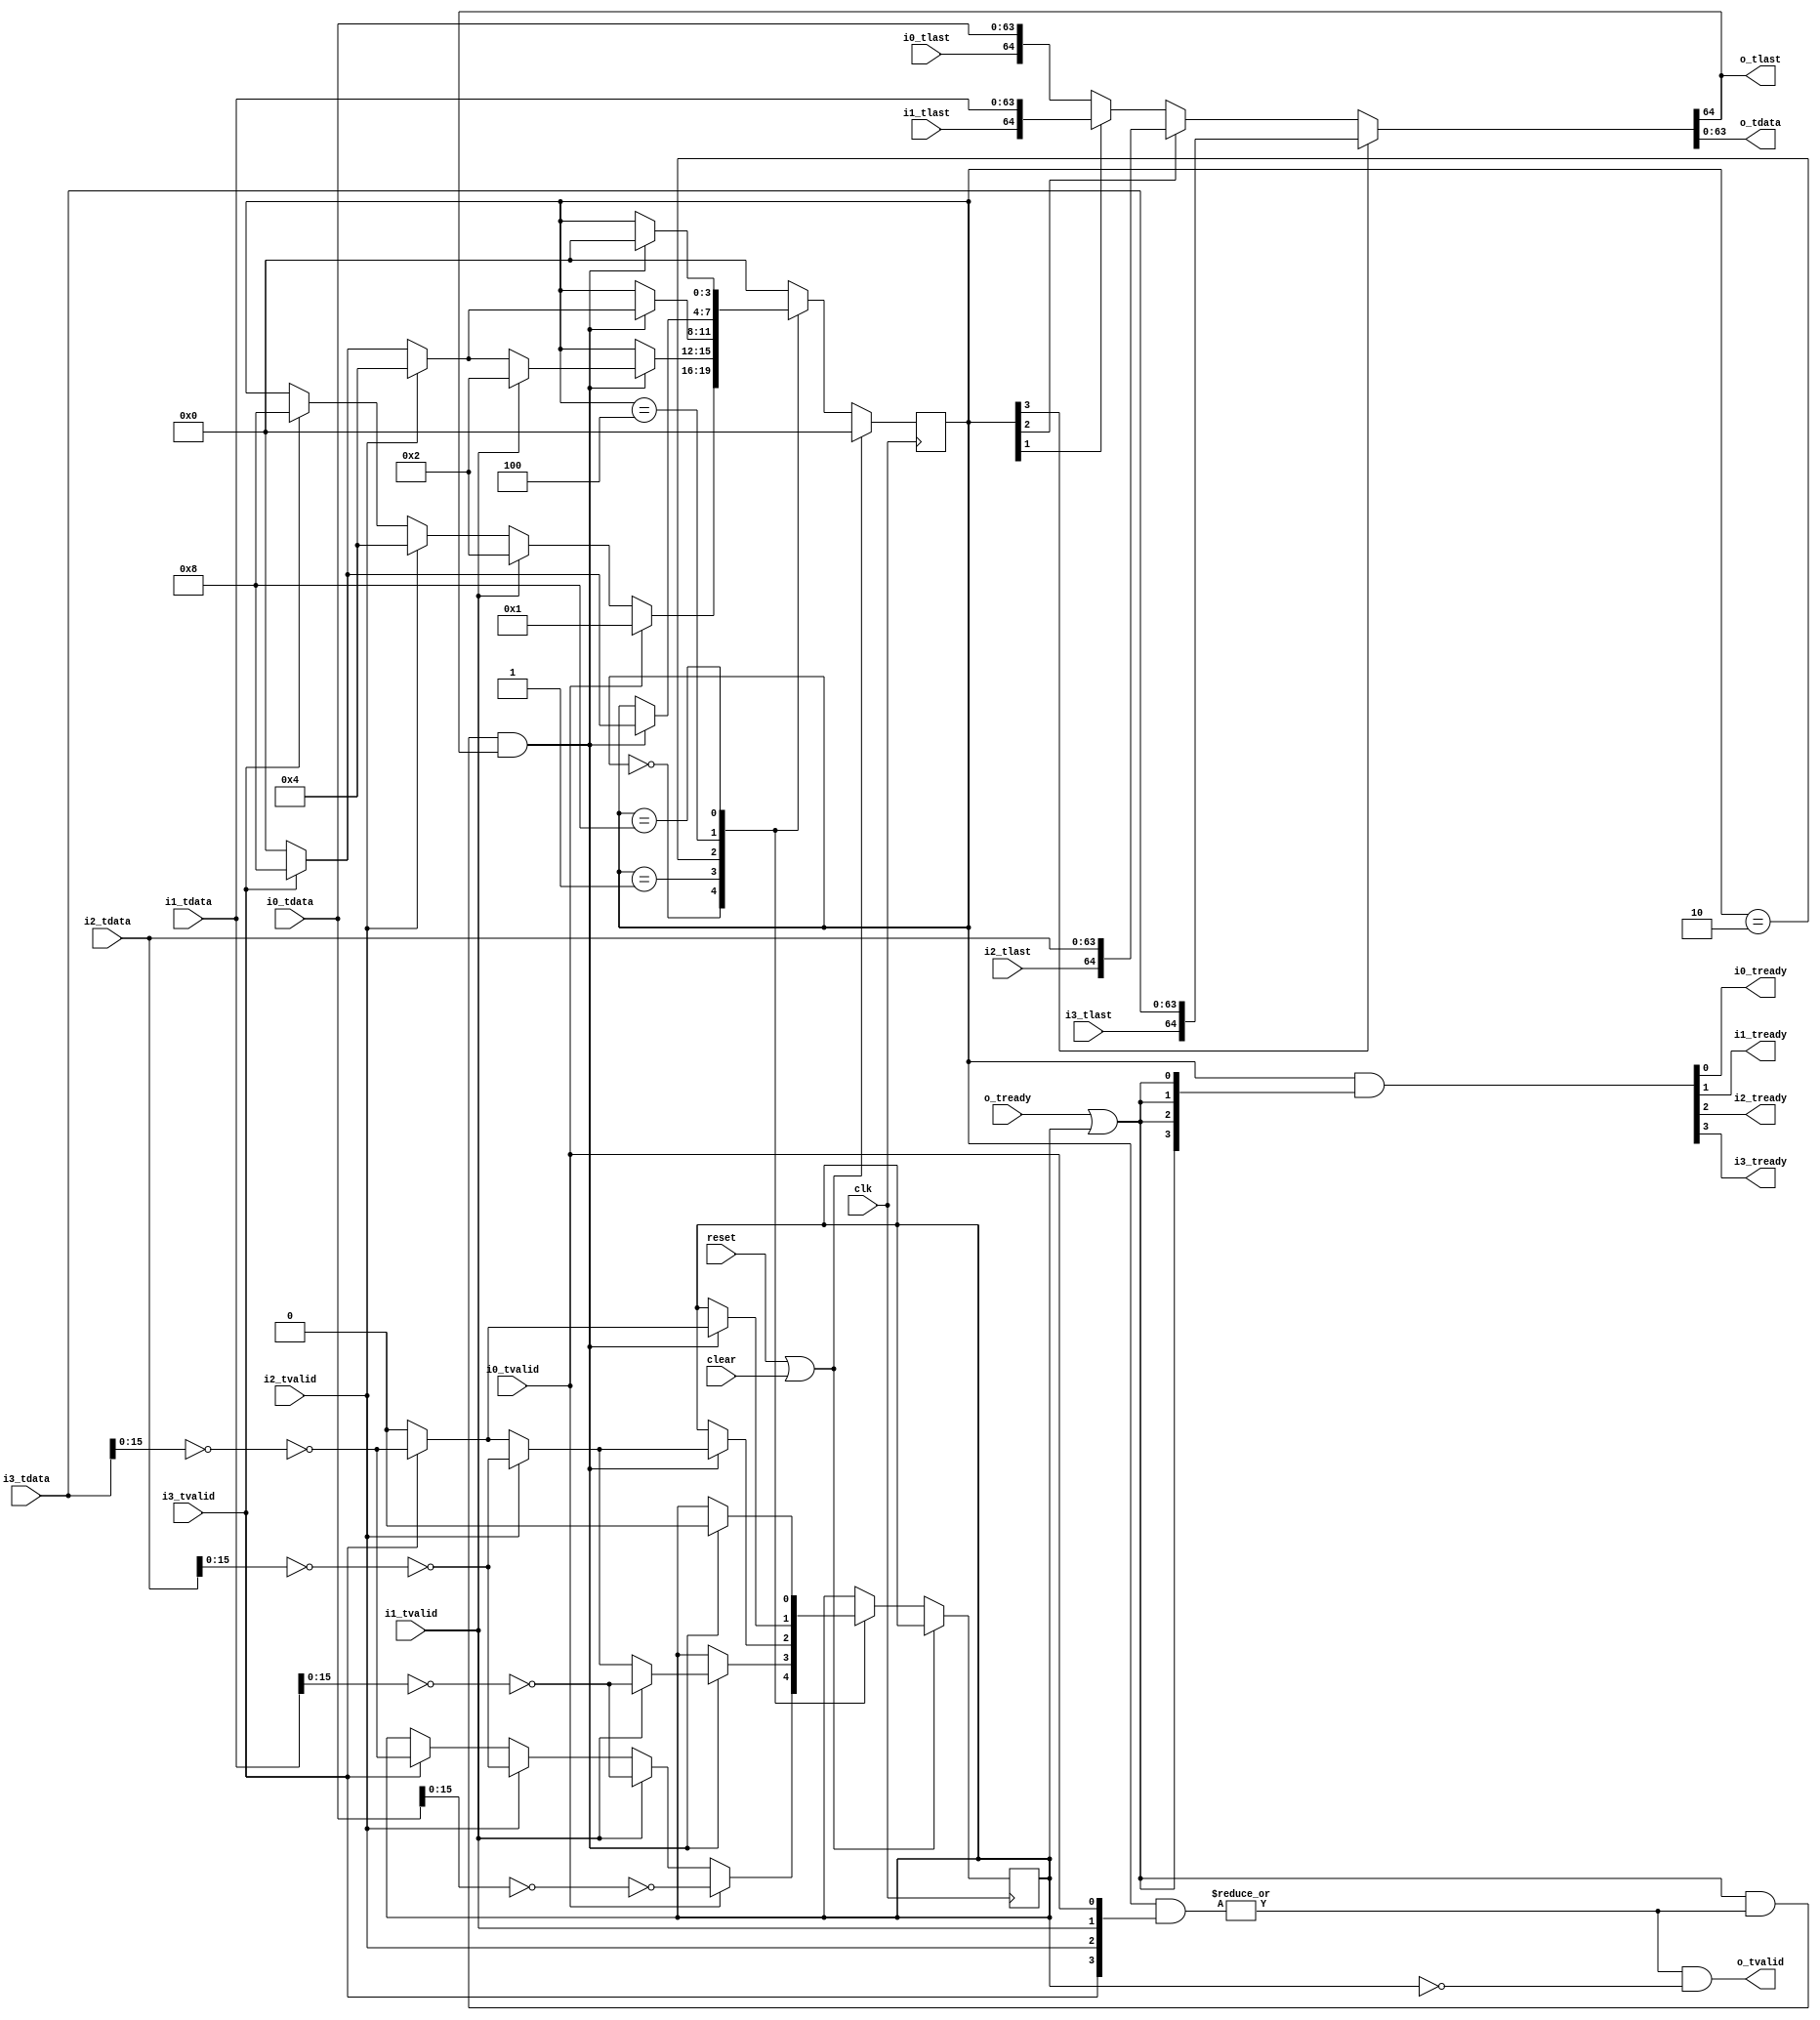
//
// Copyright 2014 Ettus Research, a National Instruments Company
//
// SPDX-License-Identifier: LGPL-3.0-or-later
//
// axi_filter_mux -- takes 4 64-bit AXI stream of CHDR data, merges them to 1 output channel
// Round-robin if PRIO=0, priority if PRIO=1 (lower number ports get priority)
// Bubble cycles are inserted after each packet in PRIO mode, or on wraparound in Round Robin mode.
// Filter forces specific destination SID to pass per port, else dump data to /dev/null

module axi_filter_mux4
  #(parameter PRIO=0,
    parameter WIDTH=64,
    parameter BUFFER=0,
    parameter FILTER0 =0,
    parameter FILTER1 =0,
    parameter FILTER2 =0,
    parameter FILTER3 =0
    )
   (input clk, input reset, input clear,
    input [WIDTH-1:0] i0_tdata, input i0_tlast, input i0_tvalid, output i0_tready,
    input [WIDTH-1:0] i1_tdata, input i1_tlast, input i1_tvalid, output i1_tready,
    input [WIDTH-1:0] i2_tdata, input i2_tlast, input i2_tvalid, output i2_tready,
    input [WIDTH-1:0] i3_tdata, input i3_tlast, input i3_tvalid, output i3_tready,
    output [WIDTH-1:0] o_tdata, output o_tlast, output o_tvalid, input o_tready);

   wire [WIDTH-1:0]    o_tdata_int;
   wire 	       o_tlast_int, o_tvalid_int, o_tready_int;
   
   reg [3:0] 	  mx_state;
   reg 		  filter_packet;
   
   localparam MX_IDLE = 4'b0000;
   localparam MX_0    = 4'b0001;
   localparam MX_1    = 4'b0010;
   localparam MX_2    = 4'b0100;
   localparam MX_3    = 4'b1000;
 

   assign     good0 = i0_tdata[15:0]==FILTER0;
   assign     good1 = i1_tdata[15:0]==FILTER1;
   assign     good2 = i2_tdata[15:0]==FILTER2;
   assign     good3 = i3_tdata[15:0]==FILTER3;
 
   always @(posedge clk)
     if(reset | clear)
       mx_state <= MX_IDLE;
     else
       case (mx_state)
	 MX_IDLE :
	   if(i0_tvalid) begin
	      mx_state <= MX_0;
	      filter_packet <= !good0;
	   end
	   else if(i1_tvalid) begin    
	      mx_state <= MX_1;
	      filter_packet <= !good1;
	   end	 
	   else if(i2_tvalid) begin
	      mx_state <= MX_2;
	      filter_packet <= !good2;
	   end
	   else if(i3_tvalid) begin
	      mx_state <= MX_3;
	      filter_packet <= !good3;
	   end

	 MX_0 :
	   if(o_tready_int & o_tvalid_int & o_tlast_int)
	     if(PRIO)
	       mx_state <= MX_IDLE;
	     else if(i1_tvalid) begin    
		mx_state <= MX_1;
		filter_packet <= !good1;
	     end
	     else if(i2_tvalid) begin    
		mx_state <= MX_2;
		filter_packet <= !good2;
	     end
	     else if(i3_tvalid) begin    
		mx_state <= MX_3;
		filter_packet <= !good3;
	     end
	     else begin
		mx_state <= MX_IDLE;
		filter_packet <= 0;
	     end
	 
	 MX_1 :
	   if(o_tready_int & o_tvalid_int & o_tlast_int)
	     if(PRIO)
	       mx_state <= MX_IDLE;
	     else if(i2_tvalid) begin    
		mx_state <= MX_2;
		filter_packet <= !good2;
	     end
	     else if(i3_tvalid) begin    
		mx_state <= MX_3;
		filter_packet <= !good3;
	     end
	     else begin
		mx_state <= MX_IDLE;
		filter_packet <= 0;
	     end
	 MX_2 :
	   if(o_tready_int & o_tvalid_int & o_tlast_int)
	     if(PRIO)
	       mx_state <= MX_IDLE;
	     else if(i3_tvalid) begin    
		mx_state <= MX_3;
		filter_packet <= !good3;
	     end
	     else begin
		mx_state <= MX_IDLE;
	 	filter_packet <= 0;
	     end
	 MX_3 :
	   if(o_tready_int & o_tvalid_int & o_tlast_int)
	     begin
		mx_state <= MX_IDLE;
		filter_packet <= 0;
	     end
	 	 
	 default :
	   mx_state <= MX_IDLE;
       endcase // case (mx_state)

   assign {i3_tready, i2_tready, i1_tready, i0_tready} = mx_state & {4{o_tready_int}};

   assign o_tvalid_int = |(mx_state & ({i3_tvalid, i2_tvalid, i1_tvalid, i0_tvalid}));
         
   assign {o_tlast_int, o_tdata_int} = mx_state[3] ? {i3_tlast, i3_tdata} :
				       mx_state[2] ? {i2_tlast, i2_tdata} :
				       mx_state[1] ? {i1_tlast, i1_tdata} :
				       {i0_tlast, i0_tdata};

   generate
      if(BUFFER == 0)
	begin
	   assign o_tdata = o_tdata_int;
	   assign o_tlast = o_tlast_int;
	   assign o_tvalid = o_tvalid_int & !filter_packet;
	   assign o_tready_int = o_tready | filter_packet;
	end
      else
	begin
	   wire o_tready_int_fifo;
	   assign o_tready_int =  o_tready_int_fifo | filter_packet;
	   
           axi_fifo_short #(.WIDTH(WIDTH+1)) axi_fifo_short
	     (.clk(clk), .reset(reset), .clear(clear),
	      .i_tdata({o_tlast_int,o_tdata_int}), .i_tvalid(o_tvalid_int & !filter_packet), .i_tready(o_tready_int_fifo),
	      .o_tdata({o_tlast,o_tdata}), .o_tvalid(o_tvalid), .o_tready(o_tready),
	      .space(), .occupied());
	end
   endgenerate
   
endmodule // axi__mux4